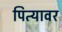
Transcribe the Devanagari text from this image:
पित्यावर